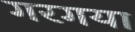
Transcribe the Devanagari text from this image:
गरगया